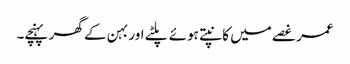
عمر غصے میں کانپتے ہوئے پلٹے اور بہن کے گھر پہنچے۔